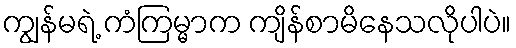
ကျွန်မရဲ့ ကံကြမ္မာက ကျိန်စာမိနေသလိုပါပဲ။